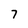
Character: 7